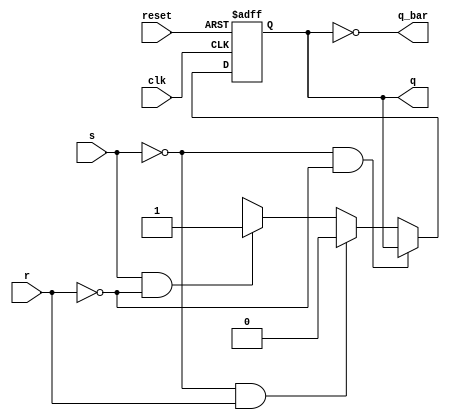
module sr_flipflop(
  input s,
  input r,
  input clk,
  input reset,
  output reg q,
  output reg q_bar
);

  always @(posedge clk or negedge reset) begin
    if (~reset)
      q <= 1'b0;
    else if(s == 1'b0 && r == 1'b0)
      q <= q;
    else if(s == 1'b0 && r == 1'b1)
      q <= 1'b0;
    else if(s == 1'b1 && r == 1'b0)
      q <= 1'b1;
    else
      q <= 1'bx;
  end

  assign q_bar = ~q;

endmodule